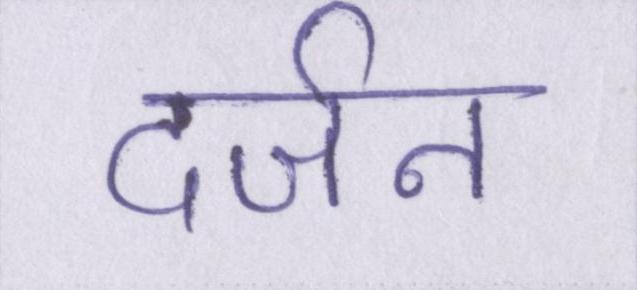
दर्जन